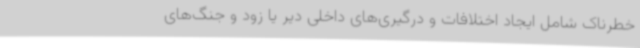
خطرناک شامل ایجاد اختلافات و درگیری‌های داخلی دیر یا زود و جنگ‌های